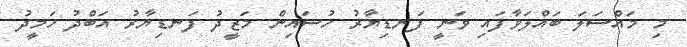
މި މައްސަލަ ބައްލަވާފައި ވަނީ ފަނޑިޔާރު ހުސައިން މަޒީދު ފަނޑިޔާރު އަބްދު ހަމީދު